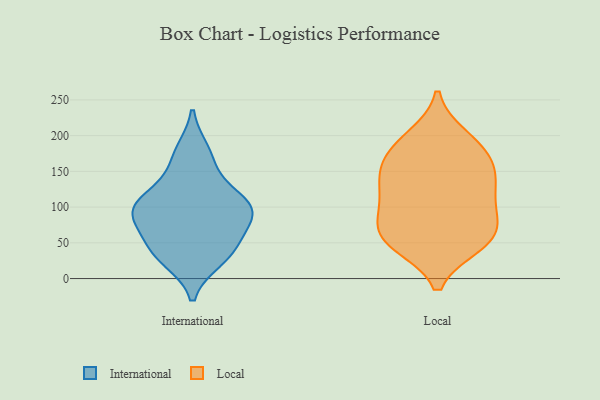
{"axis": {"x": "Satisfaction Score", "y": "Value"}, "legend": ["International", "Local"], "data": [{"x": "", "y": 81, "type": "International"}, {"x": "", "y": 91, "type": "International"}, {"x": "", "y": 95, "type": "International"}, {"x": "", "y": 41, "type": "International"}, {"x": "", "y": 164, "type": "International"}, {"x": "", "y": 119, "type": "International"}, {"x": "", "y": 177, "type": "International"}, {"x": "", "y": 28, "type": "International"}, {"x": "", "y": 44, "type": "International"}, {"x": "", "y": 92, "type": "International"}, {"x": "", "y": 109, "type": "International"}, {"x": "", "y": 37, "type": "International"}, {"x": "", "y": 99, "type": "International"}, {"x": "", "y": 64, "type": "Local"}, {"x": "", "y": 48, "type": "Local"}, {"x": "", "y": 134, "type": "Local"}, {"x": "", "y": 96, "type": "Local"}, {"x": "", "y": 150, "type": "Local"}, {"x": "", "y": 86, "type": "Local"}, {"x": "", "y": 61, "type": "Local"}, {"x": "", "y": 159, "type": "Local"}, {"x": "", "y": 198, "type": "Local"}, {"x": "", "y": 108, "type": "Local"}, {"x": "", "y": 122, "type": "Local"}, {"x": "", "y": 151, "type": "Local"}, {"x": "", "y": 51, "type": "Local"}, {"x": "", "y": 186, "type": "Local"}, {"x": "", "y": 52, "type": "Local"}, {"x": "", "y": 185, "type": "Local"}]}